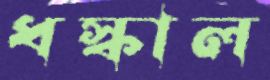
ধস্‌কাল